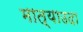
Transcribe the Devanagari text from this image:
मात्याउदा